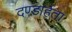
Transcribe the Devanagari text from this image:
दण्डार्हता